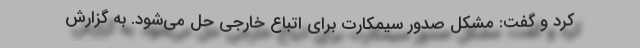
کرد و گفت:‌ مشکل صدور سیمکارت برای اتباع خارجی حل می‌شود. به گزارش